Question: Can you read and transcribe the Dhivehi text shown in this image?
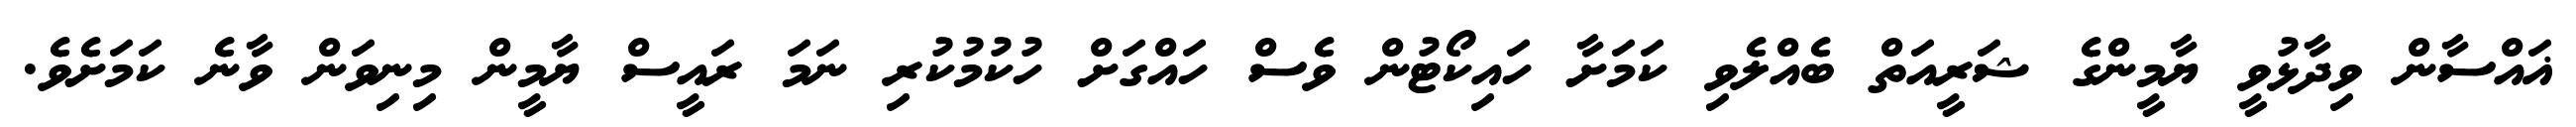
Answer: ޣައްސާން ވިދާޅުވީ ޔާމީންގެ ޝަރީއަތް ބެއްލެވި ކަމަށާ ހައިކޯޓުން ވެސް ހައްގަށް ހުކުމުކުރި ނަމަ ރައީސް ޔާމީން މިނިވަން ވާނެ ކަމަށެވެ.